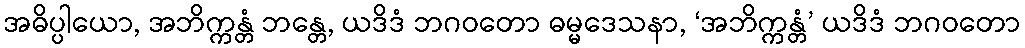
အဓိပ္ပါယော, အဘိက္ကန္တံ ဘန္တေ, ယဒိဒံ ဘဂဝတော ဓမ္မဒေသနာ, ‘အဘိက္ကန္တံ’ ယဒိဒံ ဘဂဝတော